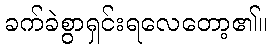
ခက်ခဲစွာရှင်းရလေတော့၏။